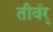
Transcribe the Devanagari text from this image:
तीवंर्